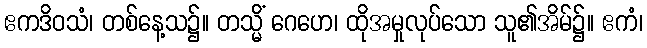
ဧကဒိဝသံ၊ တစ်နေ့သ၌။ တသ္မိံ ဂေဟေ၊ ထိုအမှုလုပ်သော သူ၏အိမ်၌။ ဧကံ၊